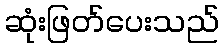
ဆုံးဖြတ်ပေးသည်